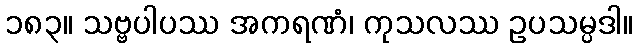
၁၈၃။ သဗ္ဗပါပဿ အကရဏံ၊ ကုသလဿ ဥပသမ္ပဒါ။